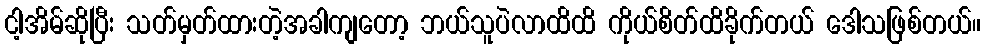
ငါ့အိမ်ဆိုပြီး သတ်မှတ်ထားတဲ့အခါကျတော့ ဘယ်သူပဲလာထိထိ ကိုယ်စိတ်ထိခိုက်တယ် ဒေါသဖြစ်တယ်။